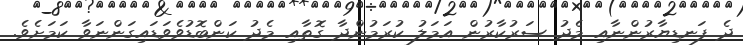
ދެ ފަނޑިޔާރުންނާއި މެދު ސަރުކާރުން އަމަލު ކުރަމުންދާ ގޮތާއި މެދު ކަންބޮޑުވެވަޑައިގަންނަވާ ކަމަށެވެ.